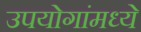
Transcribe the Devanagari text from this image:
उपयोगांमध्ये